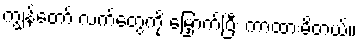
ကျွန်တော် လက်တွေကို မြှောက်ပြီး ကာထားမိတယ်။